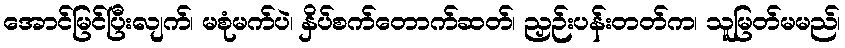
အောင်မြင်ပြီးလျက်၊ မစုံမက်ပဲ၊ နှိပ်စက်တောက်ဆတ်၊ ညှဉ်းပန်းတတ်က၊ သူမြတ်မမည်၊